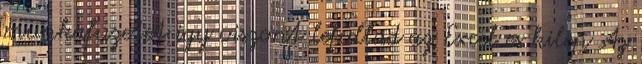
munkafuzetet igy viszont lefullad az Excel es kilep Az